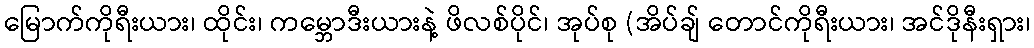
မြောက်ကိုရီးယား၊ ထိုင်း၊ ကမ္ဘောဒီးယားနဲ့ ဖိလစ်ပိုင်၊ အုပ်စု (အိပ်ချ် တောင်ကိုရီးယား၊ အင်ဒိုနီးရှား၊